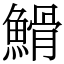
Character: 䱻